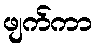
ဖျက်ကာ